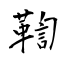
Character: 鞫